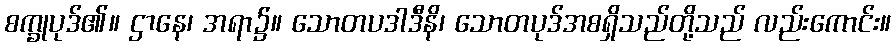
စက္ခုပုဒ်၏။ ဌာနေ၊ အရာ၌။ သောတပဒါဒီနိ၊ သောတပုဒ်အစရှိသည်တို့သည် လည်းကောင်း။